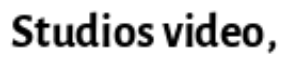
Studios video,